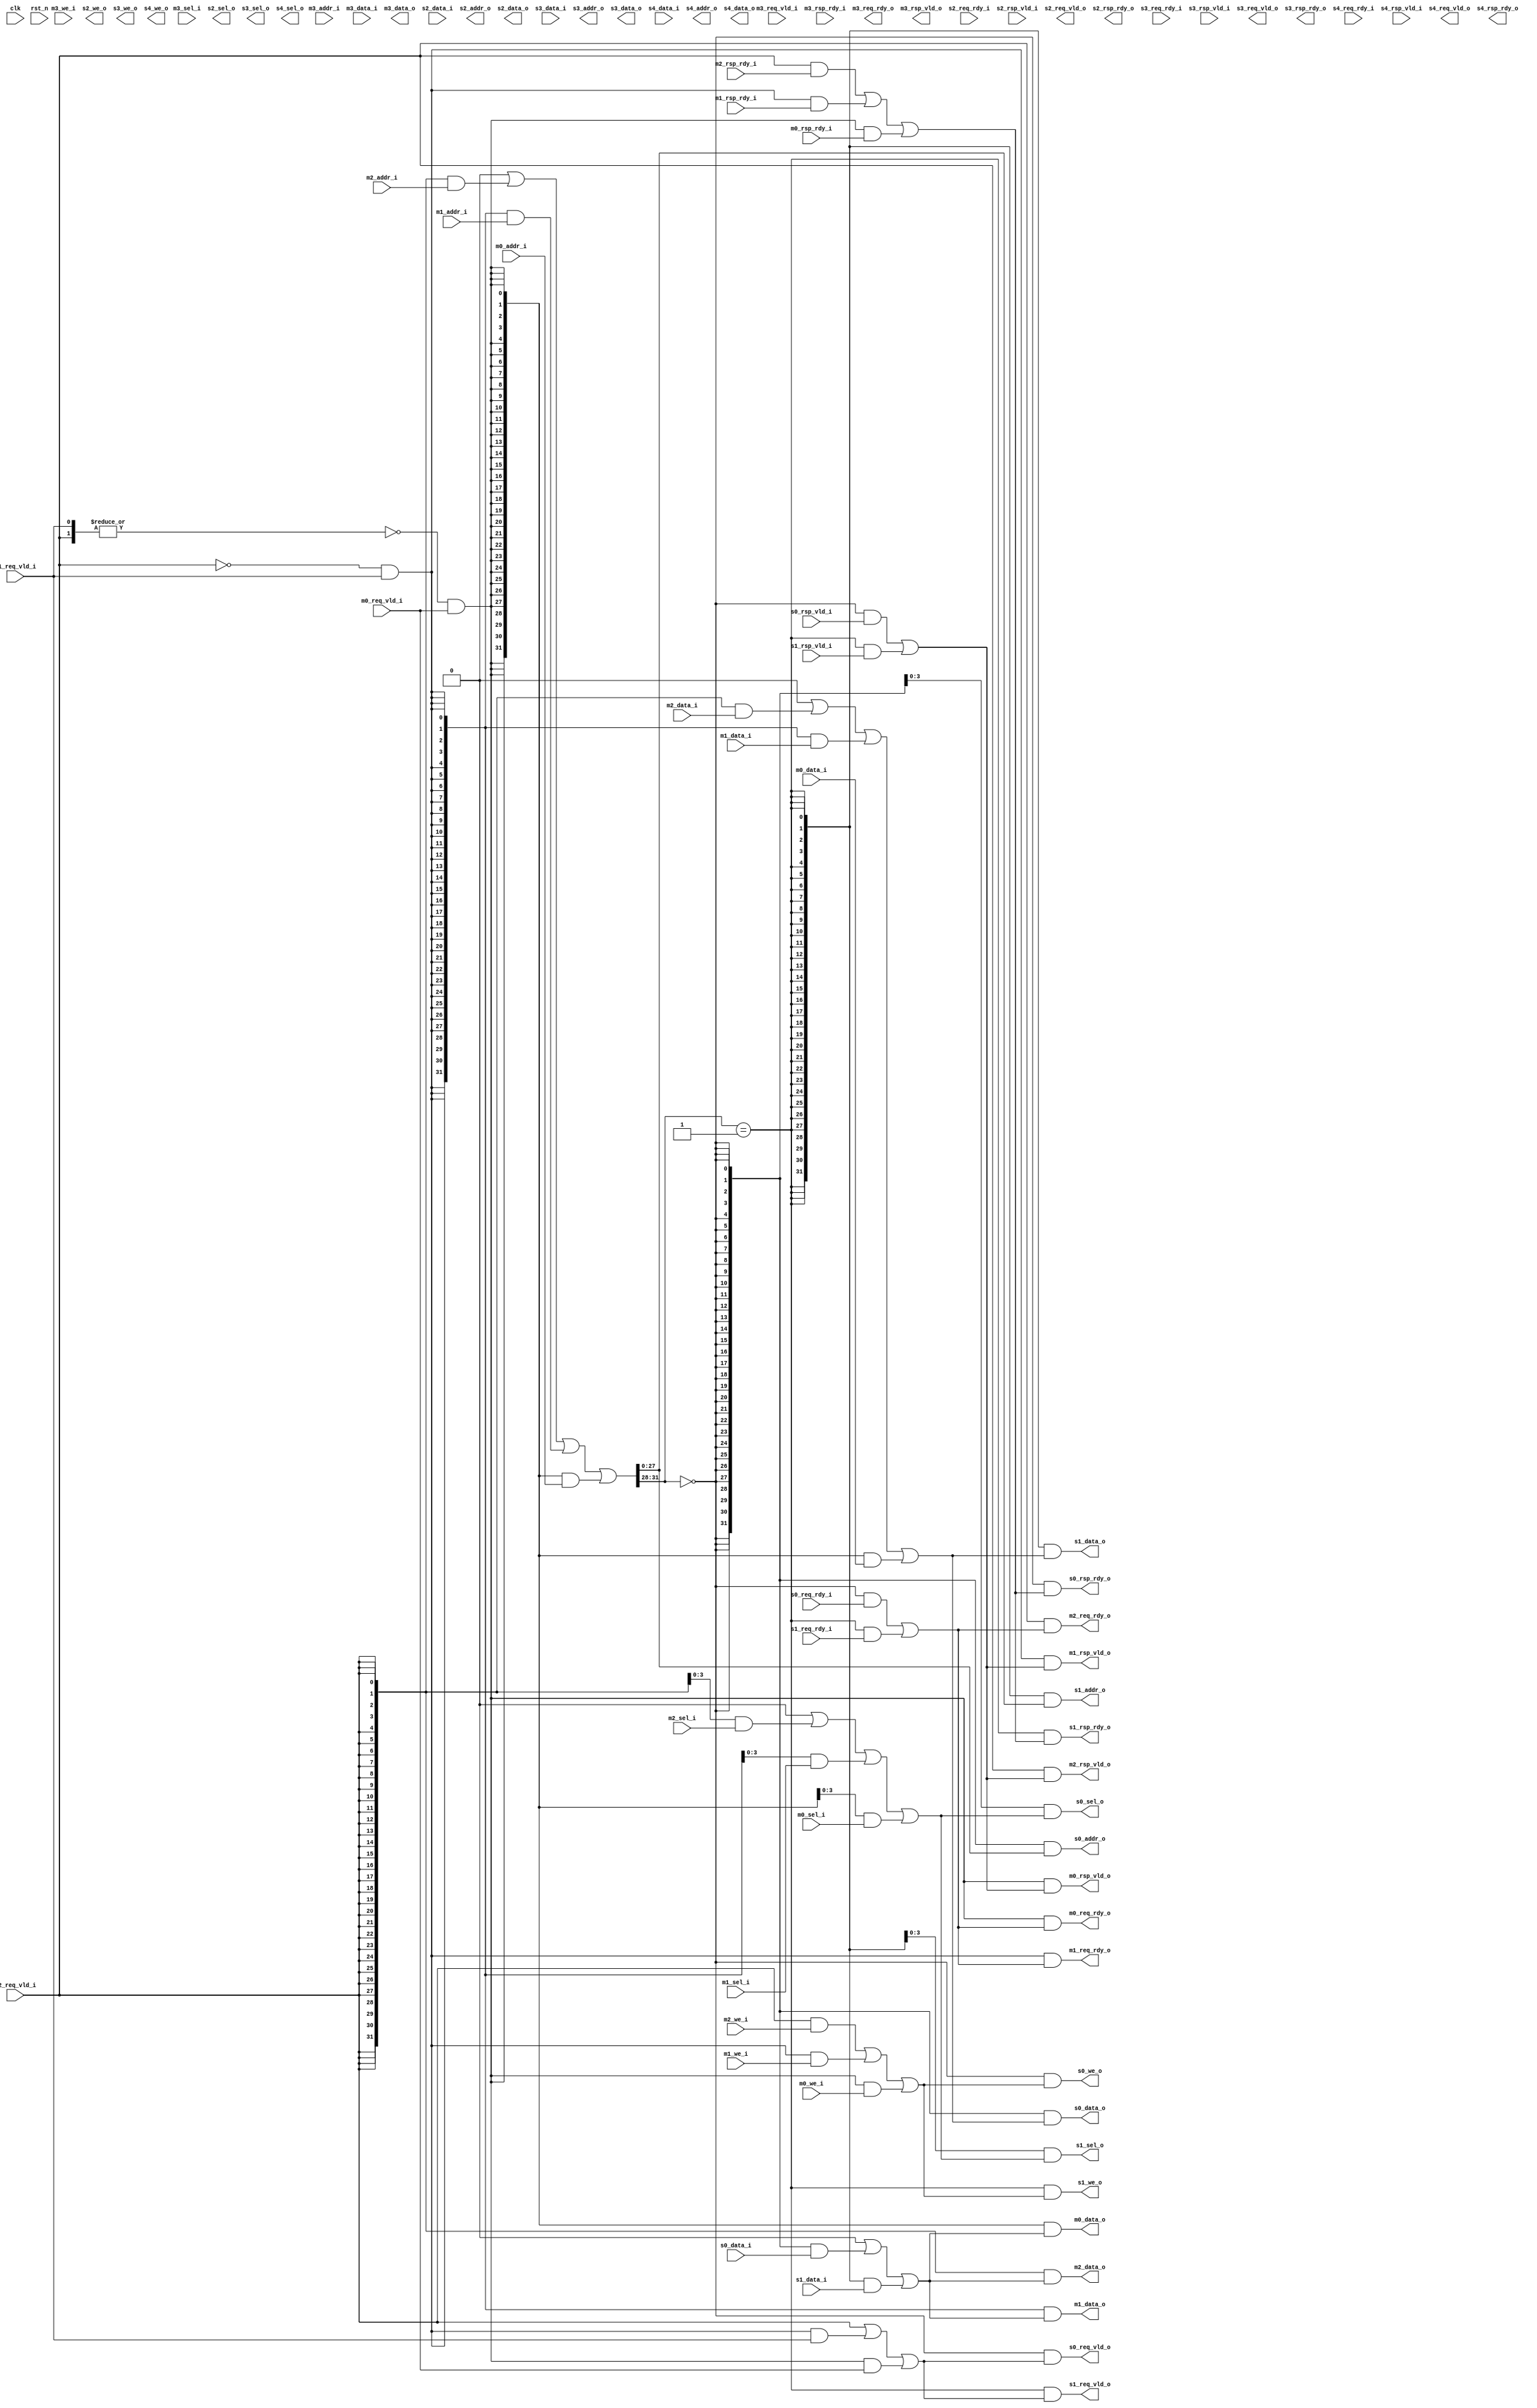
 /*                                                                      
 Copyright 2020 Blue Liang, liangkangnan@163.com
                                                                         
 Licensed under the Apache License, Version 2.0 (the "License");         
 you may not use this file except in compliance with the License.        
 You may obtain a copy of the License at                                 
                                                                         
     http://www.apache.org/licenses/LICENSE-2.0                          
                                                                         
 Unless required by applicable law or agreed to in writing, software    
 distributed under the License is distributed on an "AS IS" BASIS,       
 WITHOUT WARRANTIES OR CONDITIONS OF ANY KIND, either express or implied.
 See the License for the specific language governing permissions and     
 limitations under the License.                                          
 */


// RIB
module rib #(
    parameter MASTER_NUM = 3,
    parameter SLAVE_NUM = 2)(

    input wire clk,
    input wire rst_n,

    // master 0 interface
    input wire[31:0] m0_addr_i,
    input wire[31:0] m0_data_i,
    input wire[3:0] m0_sel_i,
    input wire m0_req_vld_i,
    input wire m0_rsp_rdy_i,
    input wire m0_we_i,
    output wire m0_req_rdy_o,
    output wire m0_rsp_vld_o,
    output wire[31:0] m0_data_o,

    // master 1 interface
    input wire[31:0] m1_addr_i,
    input wire[31:0] m1_data_i,
    input wire[3:0] m1_sel_i,
    input wire m1_req_vld_i,
    input wire m1_rsp_rdy_i,
    input wire m1_we_i,
    output wire m1_req_rdy_o,
    output wire m1_rsp_vld_o,
    output wire[31:0] m1_data_o,

    // master 2 interface
    input wire[31:0] m2_addr_i,
    input wire[31:0] m2_data_i,
    input wire[3:0] m2_sel_i,
    input wire m2_req_vld_i,
    input wire m2_rsp_rdy_i,
    input wire m2_we_i,
    output wire m2_req_rdy_o,
    output wire m2_rsp_vld_o,
    output wire[31:0] m2_data_o,

    // master 3 interface
    input wire[31:0] m3_addr_i,
    input wire[31:0] m3_data_i,
    input wire[3:0] m3_sel_i,
    input wire m3_req_vld_i,
    input wire m3_rsp_rdy_i,
    input wire m3_we_i,
    output wire m3_req_rdy_o,
    output wire m3_rsp_vld_o,
    output wire[31:0] m3_data_o,

    // slave 0 interface
    input wire[31:0] s0_data_i,
    input wire s0_req_rdy_i,
    input wire s0_rsp_vld_i,
    output wire[31:0] s0_addr_o,
    output wire[31:0] s0_data_o,
    output wire[3:0] s0_sel_o,
    output wire s0_req_vld_o,
    output wire s0_rsp_rdy_o,
    output wire s0_we_o,

    // slave 1 interface
    input wire[31:0] s1_data_i,
    input wire s1_req_rdy_i,
    input wire s1_rsp_vld_i,
    output wire[31:0] s1_addr_o,
    output wire[31:0] s1_data_o,
    output wire[3:0] s1_sel_o,
    output wire s1_req_vld_o,
    output wire s1_rsp_rdy_o,
    output wire s1_we_o,

    // slave 2 interface
    input wire[31:0] s2_data_i,
    input wire s2_req_rdy_i,
    input wire s2_rsp_vld_i,
    output wire[31:0] s2_addr_o,
    output wire[31:0] s2_data_o,
    output wire[3:0] s2_sel_o,
    output wire s2_req_vld_o,
    output wire s2_rsp_rdy_o,
    output wire s2_we_o,

    // slave 3 interface
    input wire[31:0] s3_data_i,
    input wire s3_req_rdy_i,
    input wire s3_rsp_vld_i,
    output wire[31:0] s3_addr_o,
    output wire[31:0] s3_data_o,
    output wire[3:0] s3_sel_o,
    output wire s3_req_vld_o,
    output wire s3_rsp_rdy_o,
    output wire s3_we_o,

    // slave 4 interface
    input wire[31:0] s4_data_i,
    input wire s4_req_rdy_i,
    input wire s4_rsp_vld_i,
    output wire[31:0] s4_addr_o,
    output wire[31:0] s4_data_o,
    output wire[3:0] s4_sel_o,
    output wire s4_req_vld_o,
    output wire s4_rsp_rdy_o,
    output wire s4_we_o

    );

    /////////////////////////////// mux master //////////////////////////////

    wire[MASTER_NUM-1:0] master_req;
    wire[31:0] master_addr[MASTER_NUM-1:0];
    wire[31:0] master_data[MASTER_NUM-1:0];
    wire[3:0] master_sel[MASTER_NUM-1:0];
    wire[MASTER_NUM-1:0] master_rsp_rdy;
    wire[MASTER_NUM-1:0] master_we;

    genvar i;
    generate

    if (MASTER_NUM == 2) begin: if_m_num_2
        assign master_req = {m0_req_vld_i, m1_req_vld_i};
        assign master_rsp_rdy = {m0_rsp_rdy_i, m1_rsp_rdy_i};
        assign master_we = {m0_we_i, m1_we_i};
        wire[32*MASTER_NUM-1:0] m_addr = {m0_addr_i, m1_addr_i};
        wire[32*MASTER_NUM-1:0] m_data = {m0_data_i, m1_data_i};
        wire[4*MASTER_NUM-1:0] m_sel = {m0_sel_i, m1_sel_i};
        for (i = 0; i < MASTER_NUM; i = i + 1) begin: for_m_num_2
            assign master_addr[i] = m_addr[(i+1)*32-1:32*i];
            assign master_data[i] = m_data[(i+1)*32-1:32*i];
            assign master_sel[i] = m_sel[(i+1)*4-1:4*i];
        end
    end

    if (MASTER_NUM == 3) begin: if_m_num_3
        assign master_req = {m0_req_vld_i, m1_req_vld_i, m2_req_vld_i};
        assign master_rsp_rdy = {m0_rsp_rdy_i, m1_rsp_rdy_i, m2_rsp_rdy_i};
        assign master_we = {m0_we_i, m1_we_i, m2_we_i};
        wire[32*MASTER_NUM-1:0] m_addr = {m0_addr_i, m1_addr_i, m2_addr_i};
        wire[32*MASTER_NUM-1:0] m_data = {m0_data_i, m1_data_i, m2_data_i};
        wire[4*MASTER_NUM-1:0] m_sel = {m0_sel_i, m1_sel_i, m2_sel_i};
        for (i = 0; i < MASTER_NUM; i = i + 1) begin: for_m_num_3
            assign master_addr[i] = m_addr[(i+1)*32-1:32*i];
            assign master_data[i] = m_data[(i+1)*32-1:32*i];
            assign master_sel[i] = m_sel[(i+1)*4-1:4*i];
        end
    end

    if (MASTER_NUM == 4) begin: if_m_num_4
        assign master_req = {m0_req_vld_i, m1_req_vld_i, m2_req_vld_i, m3_req_vld_i};
        assign master_rsp_rdy = {m0_rsp_rdy_i, m1_rsp_rdy_i, m2_rsp_rdy_i, m3_rsp_rdy_i};
        assign master_we = {m0_we_i, m1_we_i, m2_we_i, m3_we_i};
        wire[32*MASTER_NUM-1:0] m_addr = {m0_addr_i, m1_addr_i, m2_addr_i, m3_addr_i};
        wire[32*MASTER_NUM-1:0] m_data = {m0_data_i, m1_data_i, m2_data_i, m3_data_i};
        wire[4*MASTER_NUM-1:0] m_sel = {m0_sel_i, m1_sel_i, m2_sel_i, m3_sel_i};
        for (i = 0; i < MASTER_NUM; i = i + 1) begin: for_m_num_4
            assign master_addr[i] = m_addr[(i+1)*32-1:32*i];
            assign master_data[i] = m_data[(i+1)*32-1:32*i];
            assign master_sel[i] = m_sel[(i+1)*4-1:4*i];
        end
    end

    wire[MASTER_NUM-1:0] master_req_vec;
    wire[MASTER_NUM-1:0] master_sel_vec;

    // LSBMSB
    for (i = 0; i < MASTER_NUM; i = i + 1) begin: m_arb
        if (i == 0) begin: m_is_0
            assign master_req_vec[i] = 1'b1;
        end else begin: m_is_not_0
            assign master_req_vec[i] = ~(|master_req[i-1:0]);
        end
        assign master_sel_vec[i] = master_req_vec[i] & master_req[i];
    end

    reg[31:0] mux_m_addr;
    reg[31:0] mux_m_data;
    reg[3:0] mux_m_sel;
    reg mux_m_req_vld;
    reg mux_m_rsp_rdy;
    reg mux_m_we;

    integer j;

    always @ (*) begin: m_out
        mux_m_addr = 32'h0;
        mux_m_data = 32'h0;
        mux_m_sel = 4'h0;
        mux_m_req_vld = 1'b0;
        mux_m_rsp_rdy = 1'b0;
        mux_m_we = 1'b0;
        for (j = 0; j < MASTER_NUM; j = j + 1) begin: m_sig_out
            mux_m_addr    = mux_m_addr    | ({32{master_sel_vec[j]}} & master_addr[j]);
            mux_m_data    = mux_m_data    | ({32{master_sel_vec[j]}} & master_data[j]);
            mux_m_sel     = mux_m_sel     | ({4 {master_sel_vec[j]}} & master_sel[j]);
            mux_m_req_vld = mux_m_req_vld | ({1 {master_sel_vec[j]}} & master_req[j]);
            mux_m_rsp_rdy = mux_m_rsp_rdy | ({1 {master_sel_vec[j]}} & master_rsp_rdy[j]);
            mux_m_we      = mux_m_we      | ({1 {master_sel_vec[j]}} & master_we[j]);
        end
    end

    /////////////////////////////// mux slave /////////////////////////////////

    wire[SLAVE_NUM-1:0] slave_sel;

    // 4
    // 16
    for (i = 0; i < SLAVE_NUM; i = i + 1) begin: s_sel
        assign slave_sel[i] = (mux_m_addr[31:28] == i);
    end

    wire[SLAVE_NUM-1:0] slave_req_rdy;
    wire[SLAVE_NUM-1:0] slave_rsp_vld;
    wire[31:0] slave_data[SLAVE_NUM-1:0];

    if (SLAVE_NUM == 2) begin: if_s_num_2
        assign slave_req_rdy = {s1_req_rdy_i, s0_req_rdy_i};
        assign slave_rsp_vld = {s1_rsp_vld_i, s0_rsp_vld_i};
        wire[32*SLAVE_NUM-1:0] s_data = {s1_data_i, s0_data_i};
        for (i = 0; i < SLAVE_NUM; i = i + 1) begin: for_s_num_2
            assign slave_data[i] = s_data[(i+1)*32-1:32*i];
        end
    end

    if (SLAVE_NUM == 3) begin: if_s_num_3
        assign slave_req_rdy = {s2_req_rdy_i, s1_req_rdy_i, s0_req_rdy_i};
        assign slave_rsp_vld = {s2_rsp_vld_i, s1_rsp_vld_i, s0_rsp_vld_i};
        wire[32*SLAVE_NUM-1:0] s_data = {s2_data_i, s1_data_i, s0_data_i};
        for (i = 0; i < SLAVE_NUM; i = i + 1) begin: for_s_num_3
            assign slave_data[i] = s_data[(i+1)*32-1:32*i];
        end
    end

    if (SLAVE_NUM == 4) begin: if_s_num_4
        assign slave_req_rdy = {s3_req_rdy_i, s2_req_rdy_i, s1_req_rdy_i, s0_req_rdy_i};
        assign slave_rsp_vld = {s3_rsp_vld_i, s2_rsp_vld_i, s1_rsp_vld_i, s0_rsp_vld_i};
        wire[32*SLAVE_NUM-1:0] s_data = {s3_data_i, s2_data_i, s1_data_i, s0_data_i};
        for (i = 0; i < SLAVE_NUM; i = i + 1) begin: for_s_num_4
            assign slave_data[i] = s_data[(i+1)*32-1:32*i];
        end
    end

    if (SLAVE_NUM == 5) begin: if_s_num_5
        assign slave_req_rdy = {s4_req_rdy_i, s3_req_rdy_i, s2_req_rdy_i, s1_req_rdy_i, s0_req_rdy_i};
        assign slave_rsp_vld = {s4_rsp_vld_i, s3_rsp_vld_i, s2_rsp_vld_i, s1_rsp_vld_i, s0_rsp_vld_i};
        wire[32*SLAVE_NUM-1:0] s_data = {s4_data_i, s3_data_i, s2_data_i, s1_data_i, s0_data_i};
        for (i = 0; i < SLAVE_NUM; i = i + 1) begin: for_s_num_5
            assign slave_data[i] = s_data[(i+1)*32-1:32*i];
        end
    end

    reg[31:0] mux_s_data;
    reg mux_s_req_rdy;
    reg mux_s_rsp_vld;

    always @ (*) begin: s_out
        mux_s_data = 32'h0;
        mux_s_req_rdy = 1'b0;
        mux_s_rsp_vld = 1'b0;
        for (j = 0; j < SLAVE_NUM; j = j + 1) begin: s_sig_out
            mux_s_data    = mux_s_data    | ({32{slave_sel[j]}} & slave_data[j]);
            mux_s_req_rdy = mux_s_req_rdy | ({1 {slave_sel[j]}} & slave_req_rdy[j]);
            mux_s_rsp_vld = mux_s_rsp_vld | ({1 {slave_sel[j]}} & slave_rsp_vld[j]);
        end
    end

    /////////////////////////////// demux master //////////////////////////////

    wire[MASTER_NUM-1:0] demux_m_req_rdy;
    wire[MASTER_NUM-1:0] demux_m_rsp_vld;
    wire[32*MASTER_NUM-1:0] demux_m_data;

    for (i = 0; i < MASTER_NUM; i = i + 1) begin: demux_m_sig
        assign demux_m_req_rdy[i]            = {1 {master_sel_vec[i]}} & mux_s_req_rdy;
        assign demux_m_rsp_vld[i]            = {1 {master_sel_vec[i]}} & mux_s_rsp_vld;
        assign demux_m_data[(i+1)*32-1:32*i] = {32{master_sel_vec[i]}} & mux_s_data;
    end

    if (MASTER_NUM == 2) begin: demux_m_sig_2
        assign {m0_req_rdy_o, m1_req_rdy_o} = demux_m_req_rdy;
        assign {m0_rsp_vld_o, m1_rsp_vld_o} = demux_m_rsp_vld;
        assign {m0_data_o, m1_data_o} = demux_m_data;
    end

    if (MASTER_NUM == 3) begin: demux_m_sig_3
        assign {m0_req_rdy_o, m1_req_rdy_o, m2_req_rdy_o} = demux_m_req_rdy;
        assign {m0_rsp_vld_o, m1_rsp_vld_o, m2_rsp_vld_o} = demux_m_rsp_vld;
        assign {m0_data_o, m1_data_o, m2_data_o} = demux_m_data;
    end

    if (MASTER_NUM == 4) begin: demux_m_sig_4
        assign {m0_req_rdy_o, m1_req_rdy_o, m2_req_rdy_o, m3_req_rdy_o} = demux_m_req_rdy;
        assign {m0_rsp_vld_o, m1_rsp_vld_o, m2_rsp_vld_o, m3_rsp_vld_o} = demux_m_rsp_vld;
        assign {m0_data_o, m1_data_o, m2_data_o, m3_data_o} = demux_m_data;
    end

    /////////////////////////////// demux slave //////////////////////////////

    wire[32*SLAVE_NUM-1:0] demux_s_addr;
    wire[32*SLAVE_NUM-1:0] demux_s_data;
    wire[4*SLAVE_NUM-1:0] demux_s_sel;
    wire[SLAVE_NUM-1:0] demux_s_req_vld;
    wire[SLAVE_NUM-1:0] demux_s_rsp_rdy;
    wire[SLAVE_NUM-1:0] demux_s_we;

    for (i = 0; i < SLAVE_NUM; i = i + 1) begin: demux_s_sig
        // offset
        assign demux_s_addr[(i+1)*32-1:32*i] = {32{slave_sel[i]}} & {4'h0, mux_m_addr[27:0]};
        assign demux_s_data[(i+1)*32-1:32*i] = {32{slave_sel[i]}} & mux_m_data;
        assign demux_s_sel[(i+1)*4-1:4*i]    = {4 {slave_sel[i]}} & mux_m_sel;
        assign demux_s_req_vld[i]            = {1 {slave_sel[i]}} & mux_m_req_vld;
        assign demux_s_rsp_rdy[i]            = {1 {slave_sel[i]}} & mux_m_rsp_rdy;
        assign demux_s_we[i]                 = {1 {slave_sel[i]}} & mux_m_we;
    end

    if (SLAVE_NUM == 2) begin: demux_s_sig_2
        assign {s1_addr_o, s0_addr_o} = demux_s_addr;
        assign {s1_data_o, s0_data_o} = demux_s_data;
        assign {s1_sel_o, s0_sel_o} = demux_s_sel;
        assign {s1_req_vld_o, s0_req_vld_o} = demux_s_req_vld;
        assign {s1_rsp_rdy_o, s0_rsp_rdy_o} = demux_s_rsp_rdy;
        assign {s1_we_o, s0_we_o} = demux_s_we;
    end

    if (SLAVE_NUM == 3) begin: demux_s_sig_3
        assign {s2_addr_o, s1_addr_o, s0_addr_o} = demux_s_addr;
        assign {s2_data_o, s1_data_o, s0_data_o} = demux_s_data;
        assign {s2_sel_o, s1_sel_o, s0_sel_o} = demux_s_sel;
        assign {s2_req_vld_o, s1_req_vld_o, s0_req_vld_o} = demux_s_req_vld;
        assign {s2_rsp_rdy_o, s1_rsp_rdy_o, s0_rsp_rdy_o} = demux_s_rsp_rdy;
        assign {s2_we_o, s1_we_o, s0_we_o} = demux_s_we;
    end

    if (SLAVE_NUM == 4) begin: demux_s_sig_4
        assign {s3_addr_o, s2_addr_o, s1_addr_o, s0_addr_o} = demux_s_addr;
        assign {s3_data_o, s2_data_o, s1_data_o, s0_data_o} = demux_s_data;
        assign {s3_sel_o, s2_sel_o, s1_sel_o, s0_sel_o} = demux_s_sel;
        assign {s3_req_vld_o, s2_req_vld_o, s1_req_vld_o, s0_req_vld_o} = demux_s_req_vld;
        assign {s3_rsp_rdy_o, s2_rsp_rdy_o, s1_rsp_rdy_o, s0_rsp_rdy_o} = demux_s_rsp_rdy;
        assign {s3_we_o, s2_we_o, s1_we_o, s0_we_o} = demux_s_we;
    end

    if (SLAVE_NUM == 5) begin: demux_s_sig_5
        assign {s4_addr_o, s3_addr_o, s2_addr_o, s1_addr_o, s0_addr_o} = demux_s_addr;
        assign {s4_data_o, s3_data_o, s2_data_o, s1_data_o, s0_data_o} = demux_s_data;
        assign {s4_sel_o, s3_sel_o, s2_sel_o, s1_sel_o, s0_sel_o} = demux_s_sel;
        assign {s4_req_vld_o, s3_req_vld_o, s2_req_vld_o, s1_req_vld_o, s0_req_vld_o} = demux_s_req_vld;
        assign {s4_rsp_rdy_o, s3_rsp_rdy_o, s2_rsp_rdy_o, s1_rsp_rdy_o, s0_rsp_rdy_o} = demux_s_rsp_rdy;
        assign {s4_we_o, s3_we_o, s2_we_o, s1_we_o, s0_we_o} = demux_s_we;
    end

    endgenerate


endmodule